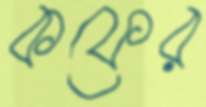
কফের